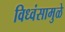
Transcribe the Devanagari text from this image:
विध्वंसामुळे